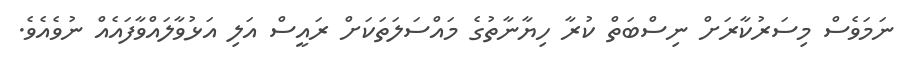
ނަމަވެސް މިސަރުކާރަށް ނިސްބަތް ކުރާ ހިޔާނާތުގެ މައްސަލަތަކަށް ރައީސް އަލި އަޅުވާލައްވާފައެއް ނުވެއެވެ.